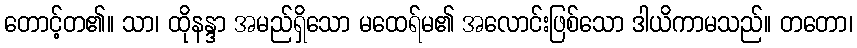
တောင့်တ၏။ သာ၊ ထိုနန္ဒာ အမည်ရှိသော မထေရ်မ၏ အလောင်းဖြစ်သော ဒါယိကာမသည်။ တတော၊